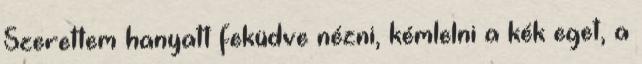
Szerettem hanyatt feküdve nézni, kémlelni a kék eget, a